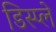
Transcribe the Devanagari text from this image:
डिस्‍प्ले